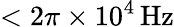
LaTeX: <2\pi\times 10^{4}\, \mathrm{Hz}